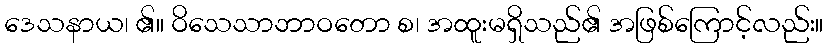
ဒေသနာယ၊ ၏။ ဝိသေသာဘာဝတော စ၊ အထူးမရှိသည်၏ အဖြစ်ကြောင့်လည်း။